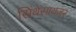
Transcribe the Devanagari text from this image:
सिंथेसायजर